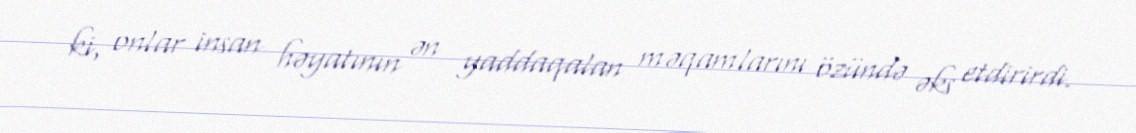
ki, onlar insan həyatının ən yaddaqalan məqamlarını özündə əks etdirirdi.